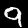
Digit: 9